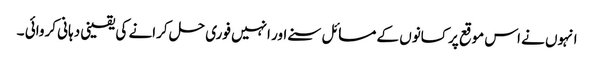
انہوں نے اس موقع پر کسانوں کے مسائل سنے اور انہیں فوری حل کرانے کی یقینی دہانی کروائی ۔